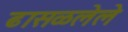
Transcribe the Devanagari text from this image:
ढासळलेले